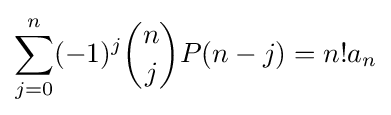
\sum _{j=0}^{n}(-1)^{j}{\binom {n}{j}}P(n-j)=n!a_{n}